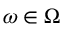
\omega \in \Omega